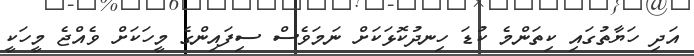
އަދި ހަޔާތުގައި ކިތަންމެ ކުޑަ ހިނދުކޮޅަކަށް ނަމަވެސް ސިފައިންގެ މީހަކަށް ވެއްޖެ މީހަކީ